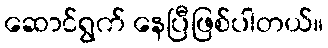
ဆောင်ရွက် နေပြီဖြစ်ပါတယ်။